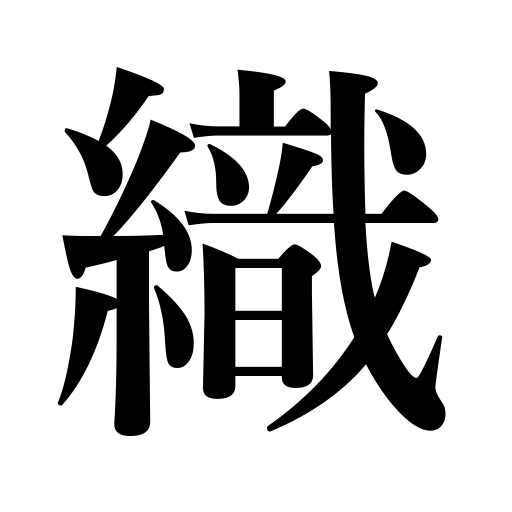
Meanings: weaveing,weave